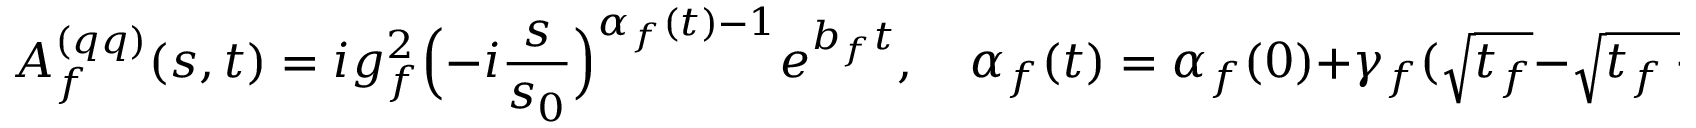
A _ { f } ^ { ( q q ) } ( s , t ) = i g _ { f } ^ { 2 } \Bigl ( - i \frac { s } { s _ { 0 } } \Bigr ) ^ { \alpha _ { f } ( t ) - 1 } e ^ { b _ { f } t } , \quad \alpha _ { f } ( t ) = \alpha _ { f } ( 0 ) + \gamma _ { f } ( \sqrt { t _ { f } } - \sqrt { t _ { f } - t } ) .